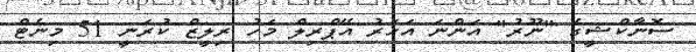
ސޮނާކްޝީގެ "ނޫރު" އަންނަ އަހަރު އޭޕްރިލް މަހު ރިލީޒް ކުރަނީ 51 މިނެޓް